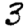
Digit: 3